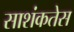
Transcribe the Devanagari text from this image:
साशंकतेस